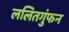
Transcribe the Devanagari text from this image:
ललितगुंफन